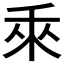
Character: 𬓡